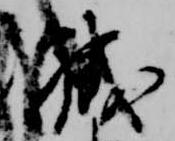
職